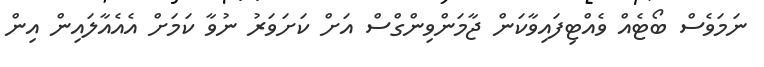
ނަމަވެސް ބޯޓެއް ވެއްޓިފައިވާކަން ޖާމަންވިންގްސް އަށް ކަށަވަރު ނުވާ ކަމަށް އެއެއާލައިން އިން